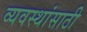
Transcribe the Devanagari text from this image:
व्यवस्थांसाठी